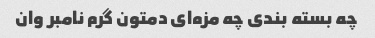
چه بسته بندی چه مزه‌ای دمتون گرم نامبر وان